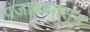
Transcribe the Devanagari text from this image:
पंजाबापासून